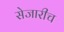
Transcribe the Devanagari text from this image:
सेजारीच